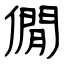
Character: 僩